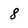
Character: 8